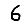
Digit: 6